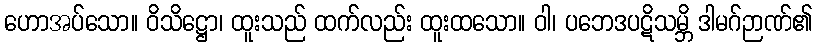
ဟောအပ်သော။ ဝိသိဋ္ဌော၊ ထူးသည် ထက်လည်း ထူးထသော။ ဝါ၊ ပဘေဒပဋိသမ္ဘိ ဒါမဂ်ဉာဏ်၏